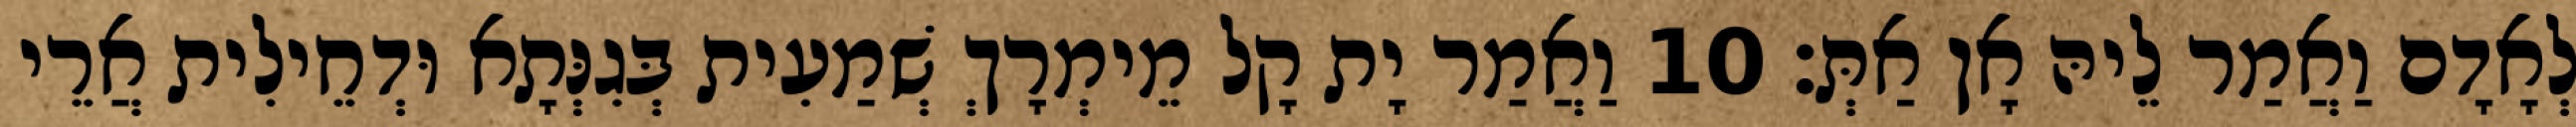
לְאָדָם וַאֲמַר לֵיהּ אָן אַתְּ׃ 10 וַאֲמַר יָת קָל מֵימְרָךְ שְׁמַעִית בְּגִנְּתָא וּדְחֵילִית אֲרֵי